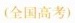
(全国高考)